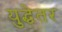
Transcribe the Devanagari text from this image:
युद्धेतर